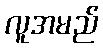
လူအမည်